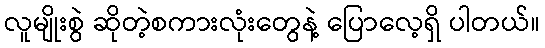
လူမျိုးစွဲ ဆိုတဲ့စကားလုံးတွေနဲ့ ပြောလေ့ရှိ ပါတယ်။